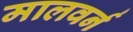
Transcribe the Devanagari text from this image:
मालवर्न